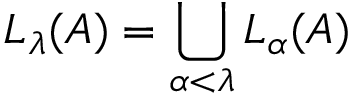
L _ { \lambda } ( A ) = \bigcup _ { \alpha < \lambda } L _ { \alpha } ( A )